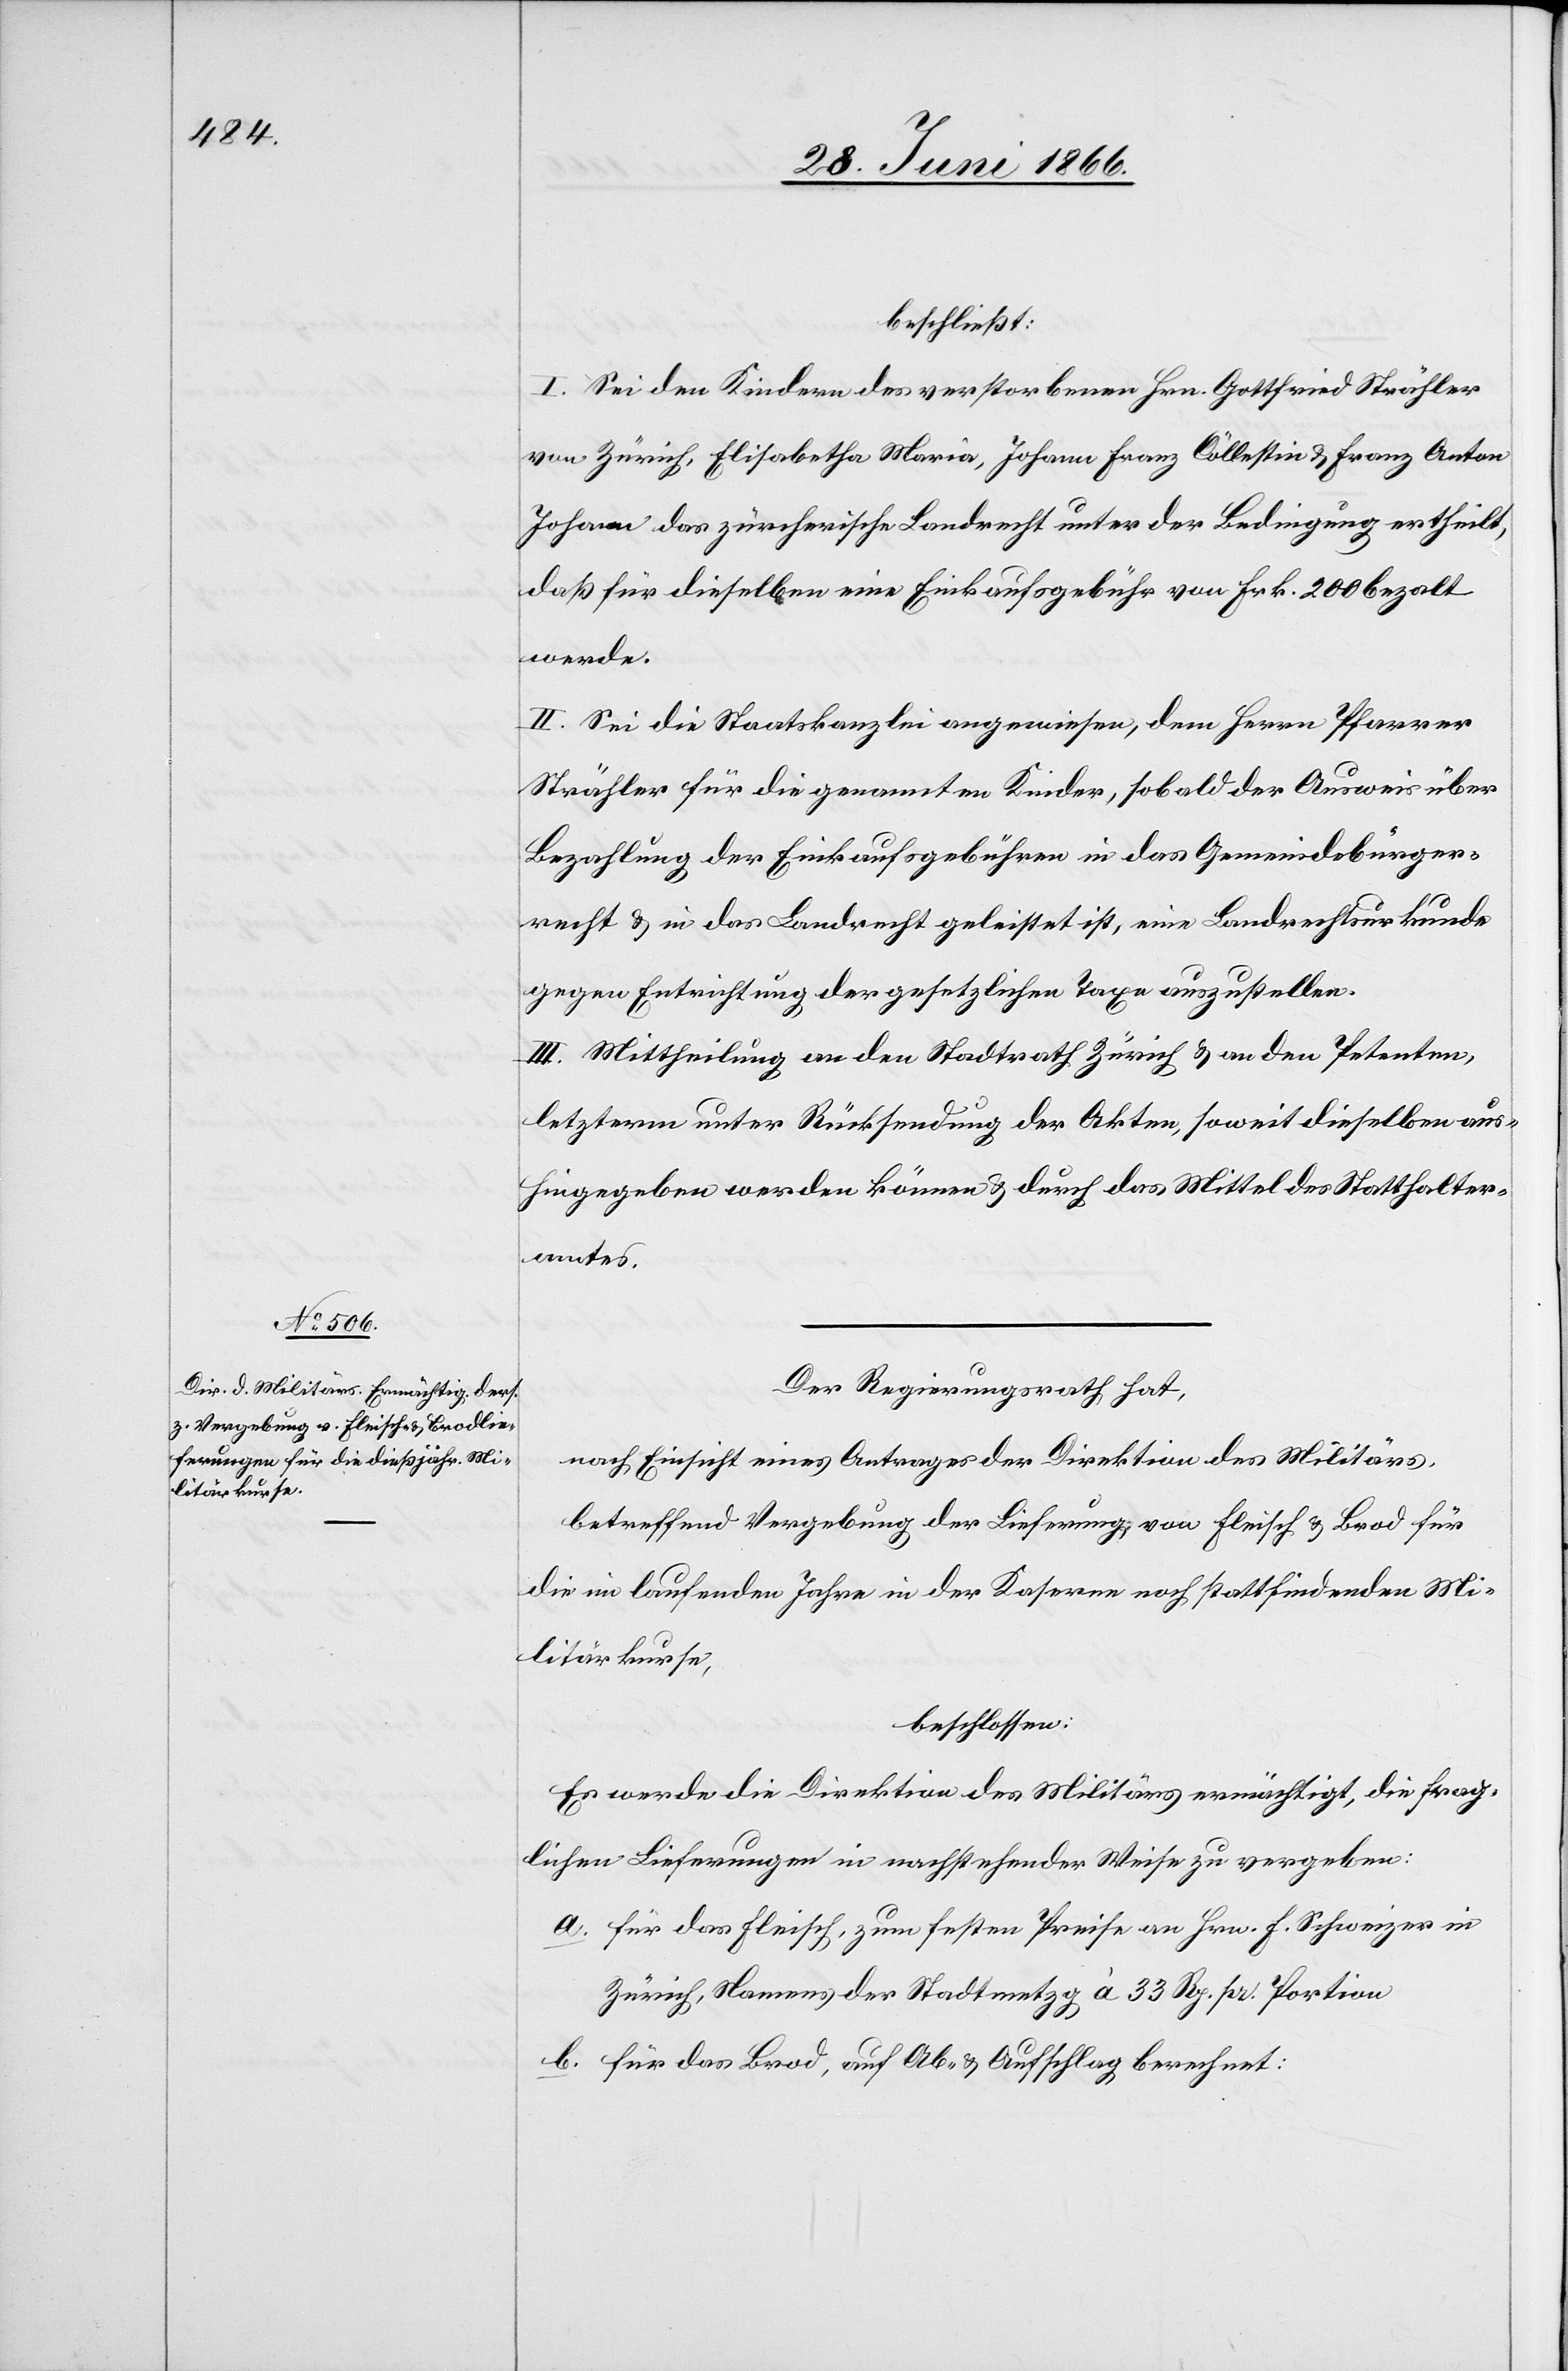
beschließt:
I. Sei den Kindern des verstorbenen Hrn. Gottfried Strähler
von Zürich, Elisabetha Maria, Joahnn Franz Cöllestin [sic!] u. Franz Anton
Johann das zürcherische Landrecht unter der Bedingung ertheilt,
daß für dieselben eine Einkaufsgebühr von Frk. 200 bezahlt
werde.
II. Sei die Staatskanzlei angewiesen, dem Herrn Pfarrer
Strähler für die genannten Kinder, sobald der Ausweis über
Bezahlung der Einkaufsgebühren in das Gemeindsbürger¬
recht u. in das Landrecht geleistet ist, eine Landrechtsurkunde
gegen Entrichtung der gesetzlichen Taxe auszustellen.
III. Mittheilung an den Stadtrath Zürich u. an den Petenten,
letzterm unter Rücksendung der Akten, soweit dieselben aus¬
hingegeben werden können u. durch das Mittel des Statthalter¬
amtes.
Der Regierungsrath hat,
nach Einsicht eines Antrages der Direktion des Militärs,
betreffend Vergebung der Lieferung von Fleisch- u. Brod für
die im laufenden Jahre in der Kaserne noch stattfindenden Mi¬
litärkurse,
beschlossen:
Es werde die Direktion des Militärs ermächtigt, die frag¬
lichen Lieferungen in nachstehender Weise zu vergeben:
a. für das Fleisch, zum festen Preise an Hrn. F. Schweizer in
Zürich, Namens der Stadtmetzg à 33 Rp. pr. Portion.
b. für das Brod, auf Ab- u. Aufschlag berechnet: